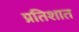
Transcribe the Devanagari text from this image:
प्रतिशात